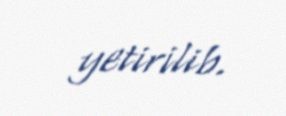
yetirilib.